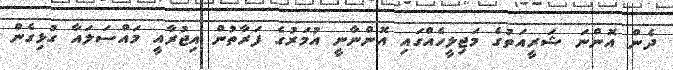
ދެން އޮންނަ ޝަރީއަތުގެ މަޖިލީހެއްގައި އޮންނާނީ އުމަރުގެ ފަރާތުން އިޖުރާއީ މައްސަލައާ ގުޅިގެން